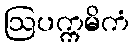
ဩပက္ကမိကံ